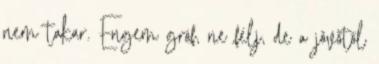
nem takar. Engem gróf, ne félj, de a jövőtől